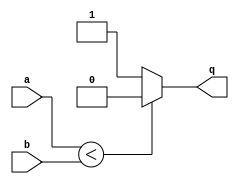
module comparator (
    q,
    a,
    b
);
  parameter integer N = 8;
  input [N-1:0] a, b;
  output q;

  // assign q = (a<b)?1'b0:1'b1;
  always @* begin
    if (a < b) begin
      q = 1'b0;
    end else begin
      q = 1'b1;
    end
  end
endmodule